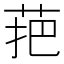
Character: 𱽩